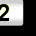
Digit: 2